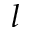
l